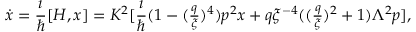
\dot { x } = \frac { \i } { \hbar } [ H , x ] = K ^ { 2 } [ \frac { \i } { \hbar } { \textstyle ( 1 - ( \frac { q } { \xi } ) ^ { 4 } ) p ^ { 2 } x + q \xi ^ { - 4 } ( ( \frac { q } { \xi } ) ^ { 2 } + 1 ) { \mit \Lambda } ^ { 2 } p } ] ,